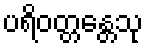
ပရိဝတ္တန္တေသု